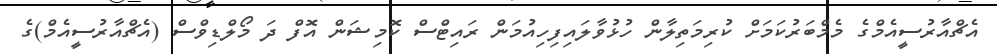
އެޗްއާރުސީއެމްގެ މެމްބަރުކަމަށް ކުރިމަތިލާން ހުޅުވާލައިފިހިއުމަން ރައިޓްސް ކޮމިޝަން އޮފް ދަ މޯލްޑިވްސް (އެޗްއާރުސީއެމް)ގެ